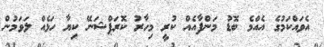
އެވައްކަމުގެ އެއްމެ ބޮޑު މަންފާއެއް ކުރީ މިހާރު ކޮރަޕްޝަނޭ ކިޔާ ހަޅެއް ލަވަމުން